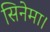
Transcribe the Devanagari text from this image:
सिनेमा।